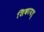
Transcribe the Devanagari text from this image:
शिकायत्